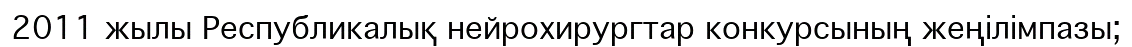
2011 жылы Республикалық нейрохирургтар конкурсының жеңілімпазы;